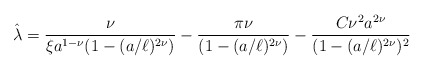
\begin{align*}{\hat\lambda}={\nu\over\xi a^{1-\nu}(1-(a/\ell)^{2\nu})}-{\pi\nu\over(1-(a/\ell)^{2\nu})}-{C\nu^2a^{2\nu}\over(1-(a/\ell)^{2\nu})^2}\end{align*}